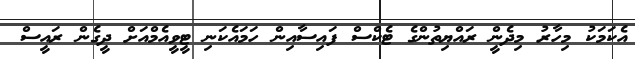
އެކަމަކު މިހާރު މިދެންީ ރައްޔިތުންގެ ޓެކްސް ފައިސާއިން ހަމައެކަނި ޓީވީއެމްއަށް ދީގެން ރައީސް